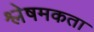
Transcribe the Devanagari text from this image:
श्लेषमकता